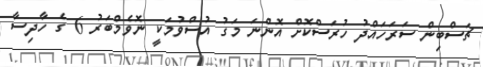
ޗަސްބިން ސަރަހައްދު ހުރަސްކޮށް އޮންނަ މަގު އުސްވުމަކީ ނޮވެމްބަރު 6 ގެ ހާދިސާ